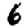
Digit: 6